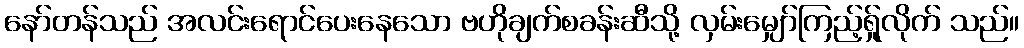
နော်တန်သည် အလင်းရောင်ပေးနေသော ဗဟိုချက်စခန်းဆီသို့ လှမ်းမျှော်ကြည့်ရ်ှုလိုက် သည်။